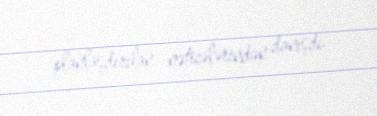
planlaşdırılan nəticələrindən danışdı.